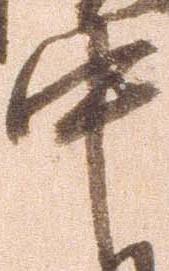
中